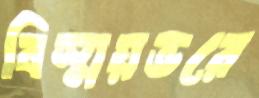
বিস্ময়ভরে